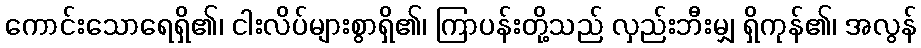
ကောင်းသောရေရှိ၏၊ ငါးလိပ်များစွာရှိ၏၊ ကြာပန်းတို့သည် လှည်းဘီးမျှ ရှိကုန်၏၊ အလွန်